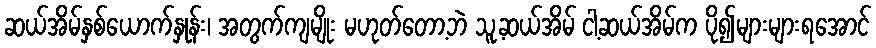
ဆယ်အိမ်နှစ်ယောက်နှုန်း၊ အတွက်ကျမျိုး မဟုတ်တော့ဘဲ သူ့ဆယ်အိမ် ငါ့ဆယ်အိမ်က ပို၍များများရအောင်